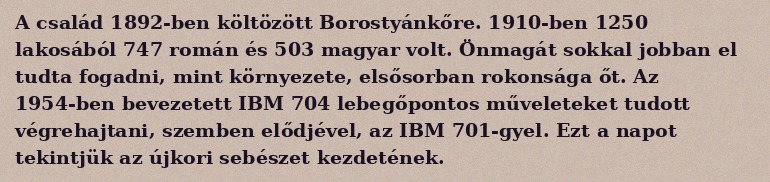
A család 1892-ben költözött Borostyánkőre. 1910-ben 1250 lakosából 747 román és 503 magyar volt. Önmagát sokkal jobban el tudta fogadni, mint környezete, elsősorban rokonsága őt. Az 1954-ben bevezetett IBM 704 lebegőpontos műveleteket tudott végrehajtani, szemben elődjével, az IBM 701-gyel. Ezt a napot tekintjük az újkori sebészet kezdetének.